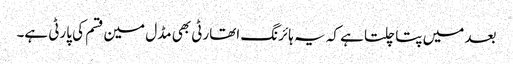
بعد میں پتا چلتا ہے کہ یہ ہائرنگ اتھارٹی بھی مڈل مین قسم کی پارٹی ہے۔